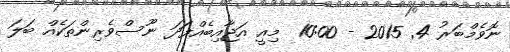
ނޮވެމްބަރު 4